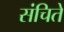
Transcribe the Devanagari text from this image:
संचिते